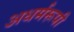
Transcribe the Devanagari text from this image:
अधर्मरूपी